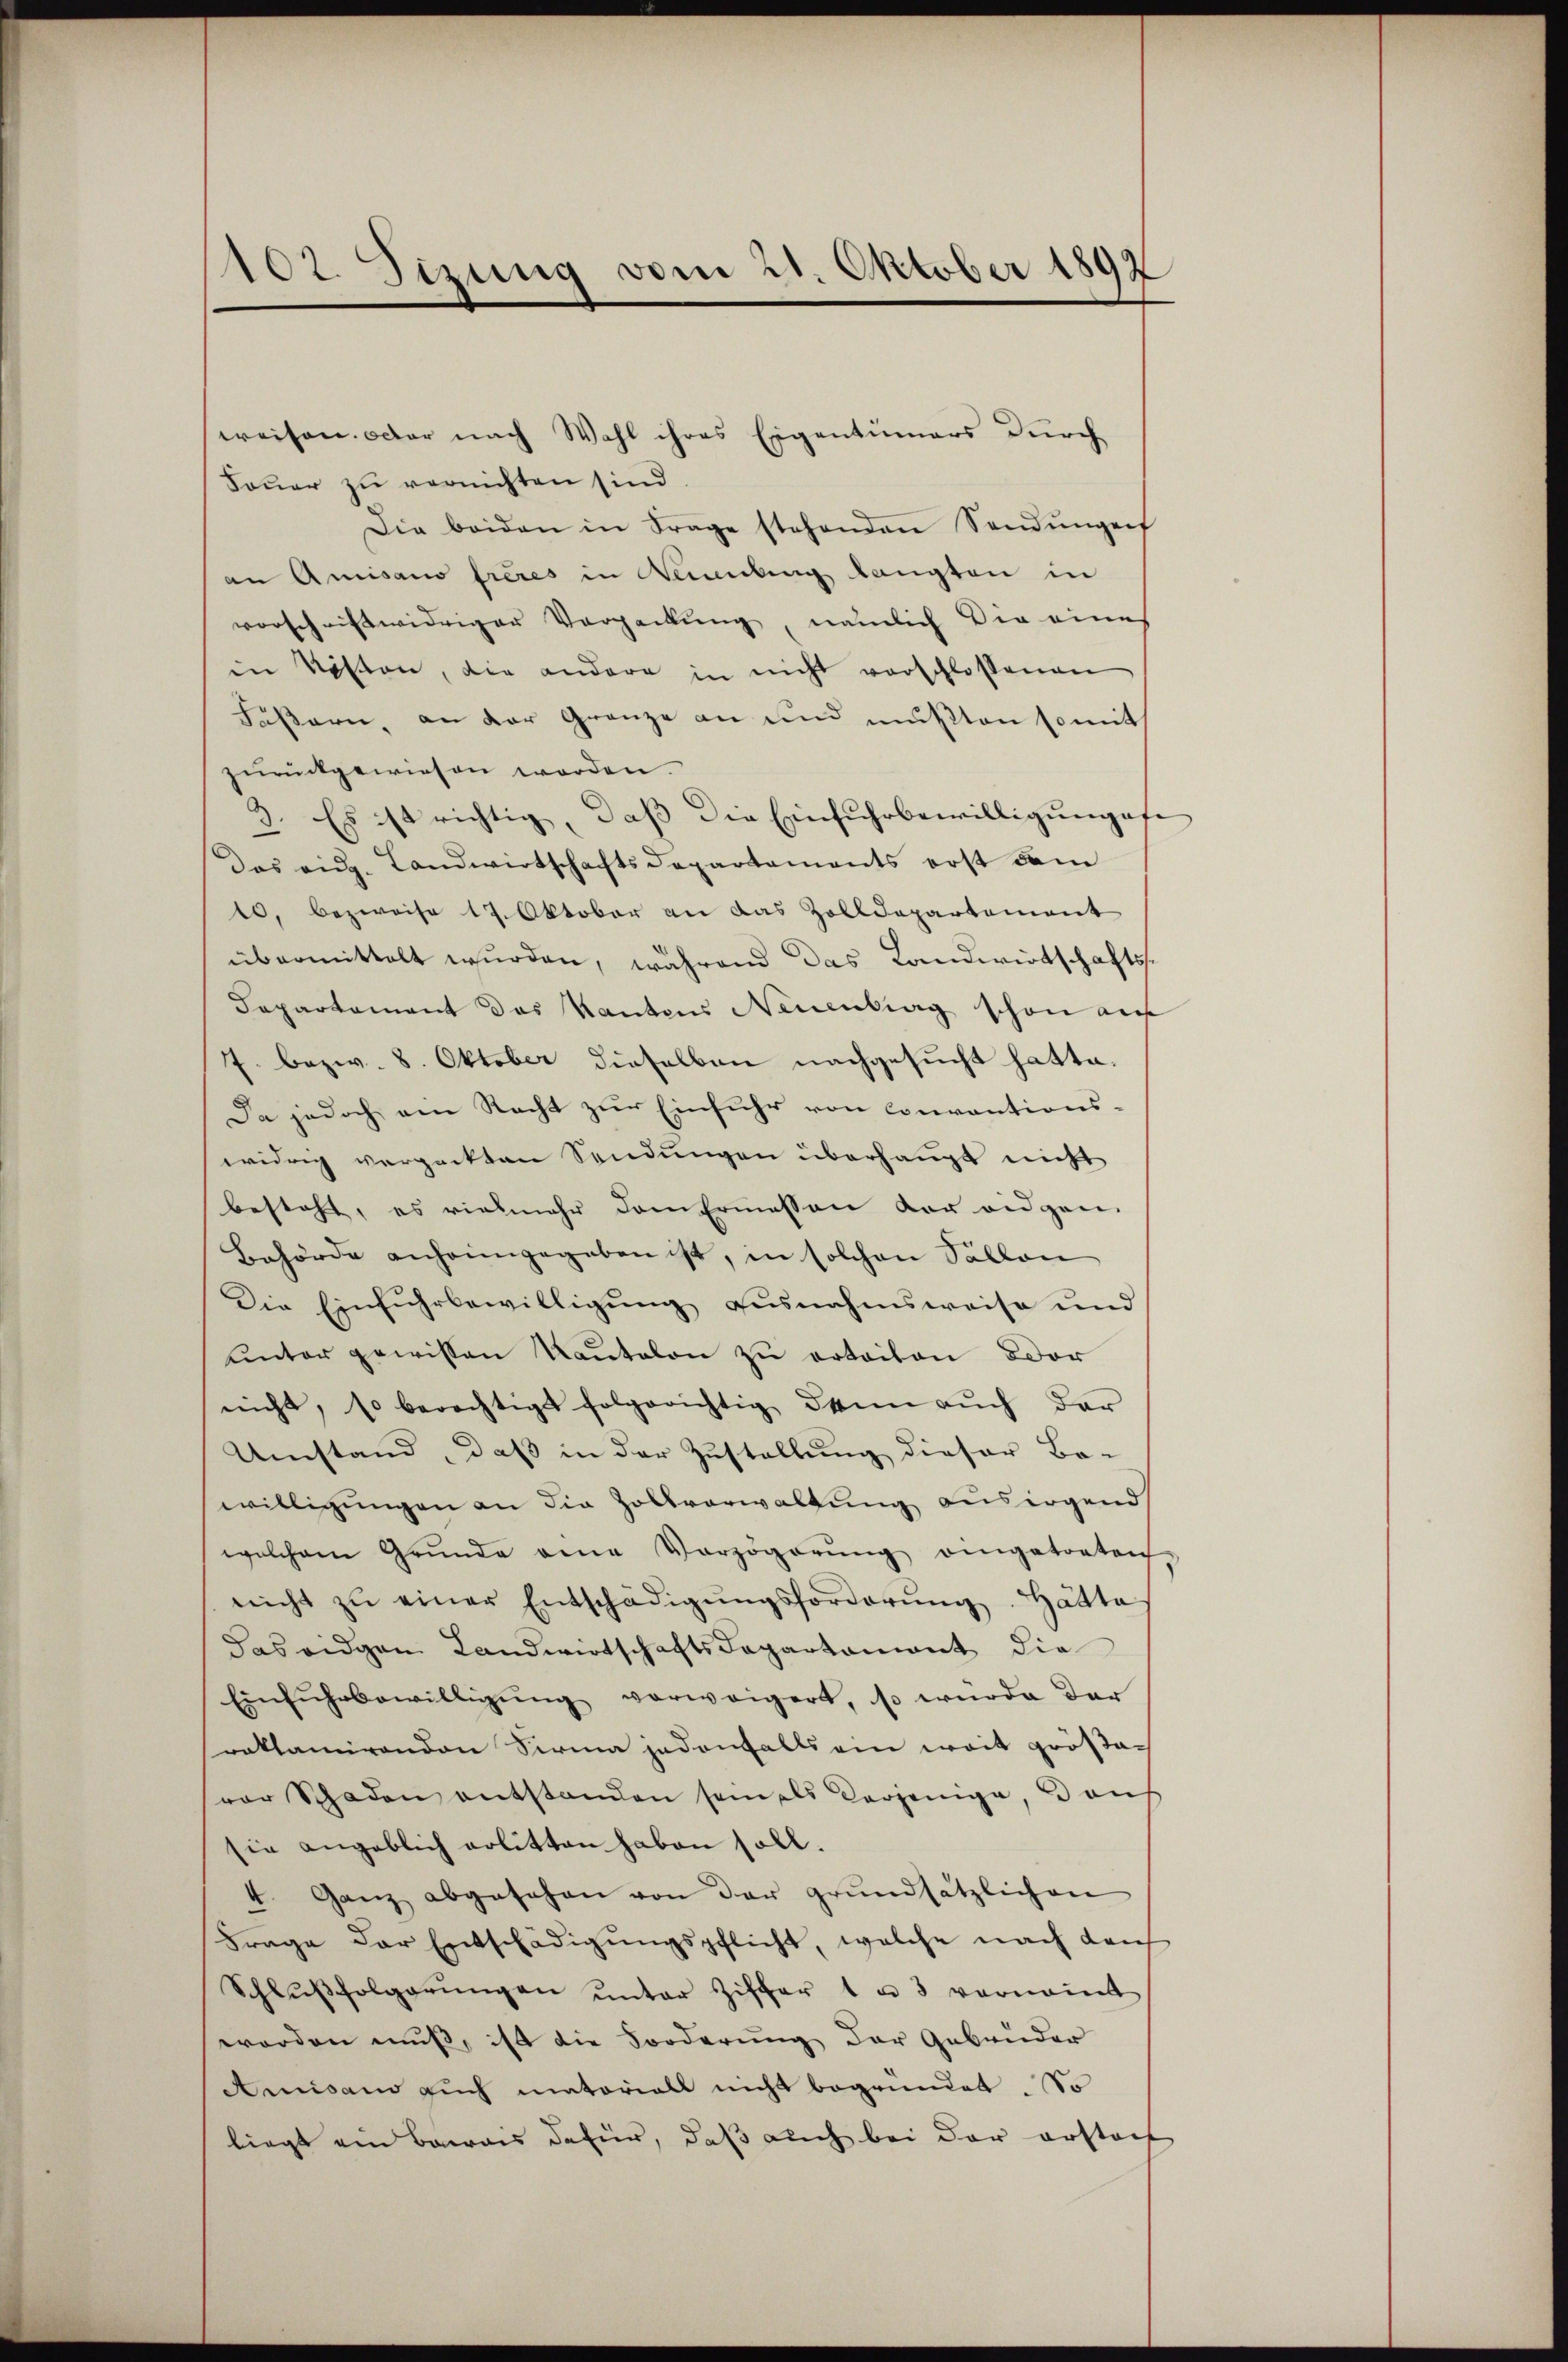
102. Sizung vom 21. Oktober 1892

Fauer zu vernichten sind.
Die beiden in Frage stehenden Sandŭngen
an Amisano freies in Neubung langten in
vorschriftwidriger Verpackung, nämlich die eines
in Piston, die andere in nicht verschlossenen
Fäßern, an der Gränze an und mußten somit
zurückgewiesen worden.
2. Es ist richtig, daβ die Einfuhrbewilligŭngofe
Das eidg. Landwirtschaftsdepartements erst dem
10, bezweife 17. Oktober an das Zolldepartement
übermittelt wurden, während das Landwirtschafts¬
Capartement das Kantons Neuenburg schon auf
7. bezw. 8. Oktober dieselben nachgesucht hatte.
Da jedoch am Recht zur Einfuhr von conventions-
widrig verpackten Sendungen überhaupt nicht
besteht, es vielmehr dem Ermessen der eidgen.
Behörde anheimgegeben ist, in solchen Fällen
Die Einfŭhrbewilligŭng ausnahmsweise und
unter gewissen Katalon zu erteiten Dor
nicht, so berechtigt folgerichtig dann aŭch dar
Umstand, daß in der Zustellung dieser Bo-
willigungen an die Zollverwaltung ausirgend
welchem Grŭnde eine Verzögerŭng eingetreten
nicht zŭ einer Entschädigŭngsforderŭng. Hätte
das eidgen Landwirtschaftsdepartament die
Einfŭhrbewilligŭng verweigert, so würde der
roklamirenden Sirma jedenfalls ein weit größevor Schaden entstanden sein als derjenige, Bauh
sie angeblich erlitten haben soll.
4 ganz abgesehen von der grŭndsätzlichen
Frage der Entschädigŭngspflicht, welche nach dan
Schlŭβfolgerŭngen ŭnter Ziffer 1 u. 3 vernoṁt
worden muß, ist die Forderung der Gebrüder
Amisais aŭch matoriall nicht begründet. So
liegt ein Barais dafür, daß auch bei der erstoch

weisen. Oder nach Wahl ihres Eigentümers durch¬